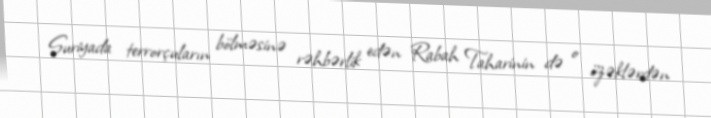
Suriyada terrorçuların bölməsinə rəhbərlik edən Rabah Taharinin də o özəklərdən